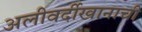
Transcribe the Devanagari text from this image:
अलीवर्दीखानाची